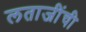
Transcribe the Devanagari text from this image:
लताजींची